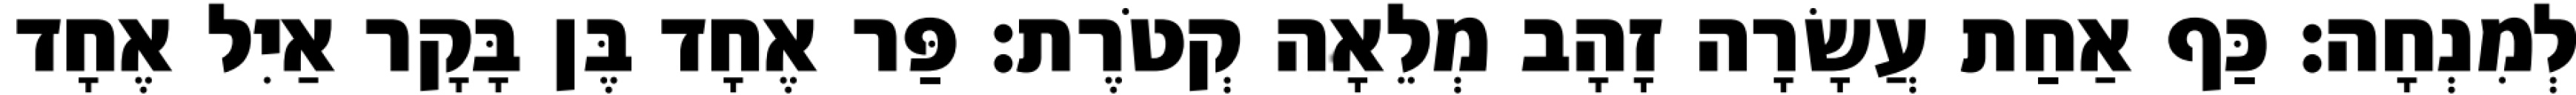
לְמִנְחָה׃ כַּף אַחַת עֲשָׂרָה זָהָב מְלֵאָה קְטֹרֶת׃ פַּר אֶחָד בֶּן בָּקָר אַיִל אֶחָד